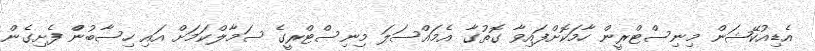
އެޑިއުކޭޝަން މިނިސްޓްރީން ހާމަކޮށްފައިވާ ގޮތުގާ އެމައްސަލަ މިނިސްޓްރީގެ ސަމާލްކަމަށް އައި ހިސާބުންް ފެށިގެން